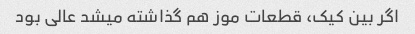
اگر بین کیک، قطعات موز هم گذاشته میشد عالی بود